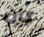
كان